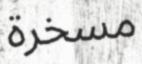
مسخرة